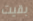
بقيت